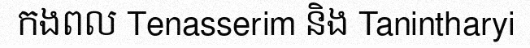
កងពល Tenasserim និង Tanintharyi